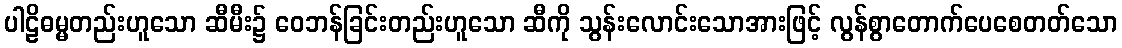
ပါဠိဓမ္မတည်းဟူသော ဆီမီး၌ ဝေဘန်ခြင်းတည်းဟူသော ဆီကို သွန်းလောင်းသောအားဖြင့် လွန်စွာတောက်ပေစေတတ်သော